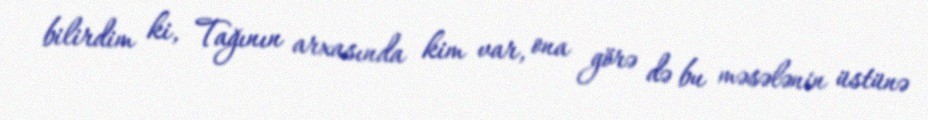
bilirdim ki, Tağının arxasında kim var, ona görə də bu məsələnin üstünə